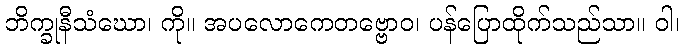
ဘိက္ခုနီသံဃော၊ ကို။ အပလောကေတဗ္ဗောဝ၊ ပန်ပြောထိုက်သည်သာ။ ဝါ၊